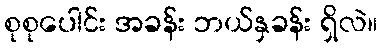
စုစုပေါင်း အခန်း ဘယ်နှခန်း ရှိလဲ။